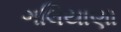
ગલિયાણા